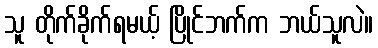
သူ တိုက်ခိုက်ရမယ့် ပြိုင်ဘက်က ဘယ်သူလဲ။